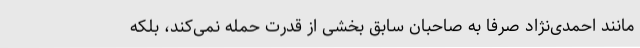
مانند احمدی‌نژاد صرفا به صاحبان سابق بخشی از قدرت حمله نمی‌کند، بلکه